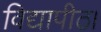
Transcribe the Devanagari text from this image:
विद्यापीठ।